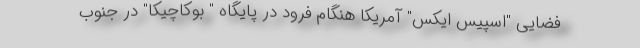
فضایی "اسپیس ایکس" آمریکا هنگام فرود در پایگاه " بوکاچیکا" در جنوب